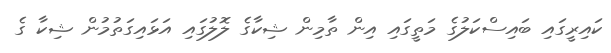
ކައިރީގައި ބައިސްކަލުގެ މަތީގައި އިން ތާމިން ޝިކާގެ ލޮލުގައި އަޅައިގަތުމުން ޝިކާ ގެ